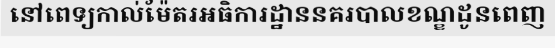
នៅពេទ្យកាល់ម៉ែតរអធិការដ្ឋាននគរបាលខណ្ឌដូនពេញ